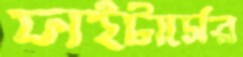
ফাইটার্সের